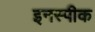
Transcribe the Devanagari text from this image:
इनस्पीक